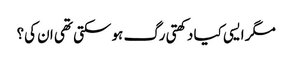
مگر ایسی کیا دکھتی رگ ہو سکتی تھی ان کی؟